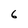
Character: 6